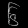
Digit: ၆